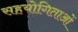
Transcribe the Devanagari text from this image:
सहयोगिताओं